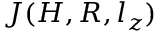
J ( H , R , l _ { z } )